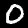
Digit: 0